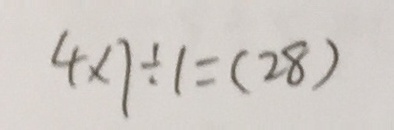
4 \times 7 \div 1 = ( 2 8 )